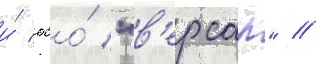
и́ ооо́ "в'ерсар" //